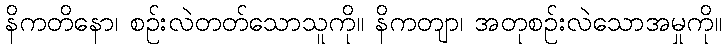
နိကတိနော၊ စဉ်းလဲတတ်သောသူကို။ နိကတျာ၊ အတုစဉ်းလဲသောအမှုကို။